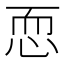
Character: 恧